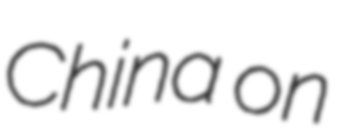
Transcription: China on